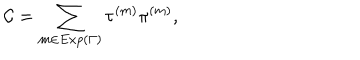
LaTeX: { \cal C } = \sum _ { m \in E x p ( \Gamma ) } \tau ^ { ( m ) } \pi ^ { ( m ) } ,